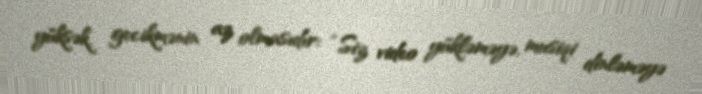
yüksək, gecikmənin az olmasıdır: “Siz video yükləməyə, musiqi dinləməyə